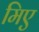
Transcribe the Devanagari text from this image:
मिए